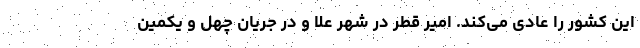
این کشور را عادی می‌کند. امیر قطر در شهر علا و در جریان چهل و یکمین